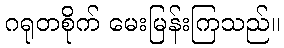
ဂရုတစိုက် မေးမြန်းကြသည်။